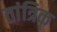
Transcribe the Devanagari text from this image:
तांत्रिक्